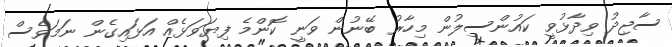
ސާޖިދު ވިދާޅުވީ ކައުންސިލުން މިހާރު ބޭނުން ވަނީ ކޮންމެ ފިޔަވަޅެއް އަޅައިގެން ނަމަވެސް